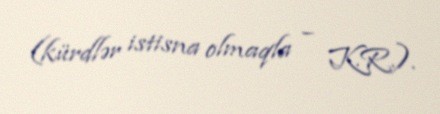
(kürdlər istisna olmaqla – K.R.).